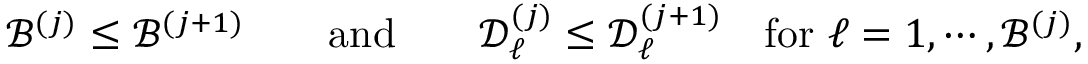
\begin{array} { r } { \mathcal { B } ^ { ( j ) } \leq \mathcal { B } ^ { ( j + 1 ) } \qquad \mathrm { a n d } \qquad \mathcal { D } _ { \ell } ^ { ( j ) } \leq \mathcal { D } _ { \ell } ^ { ( j + 1 ) } \quad \mathrm { f o r } ~ \ell = 1 , \cdots , \mathcal { B } ^ { ( j ) } , } \end{array}